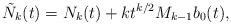
LaTeX: \begin{align*} \tilde{N}_{k}(t) = N_k(t) + k t^{k/2} M_{k-1} b_0(t),\end{align*}